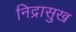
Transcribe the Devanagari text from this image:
निद्रासुख